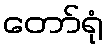
တော်ရုံ